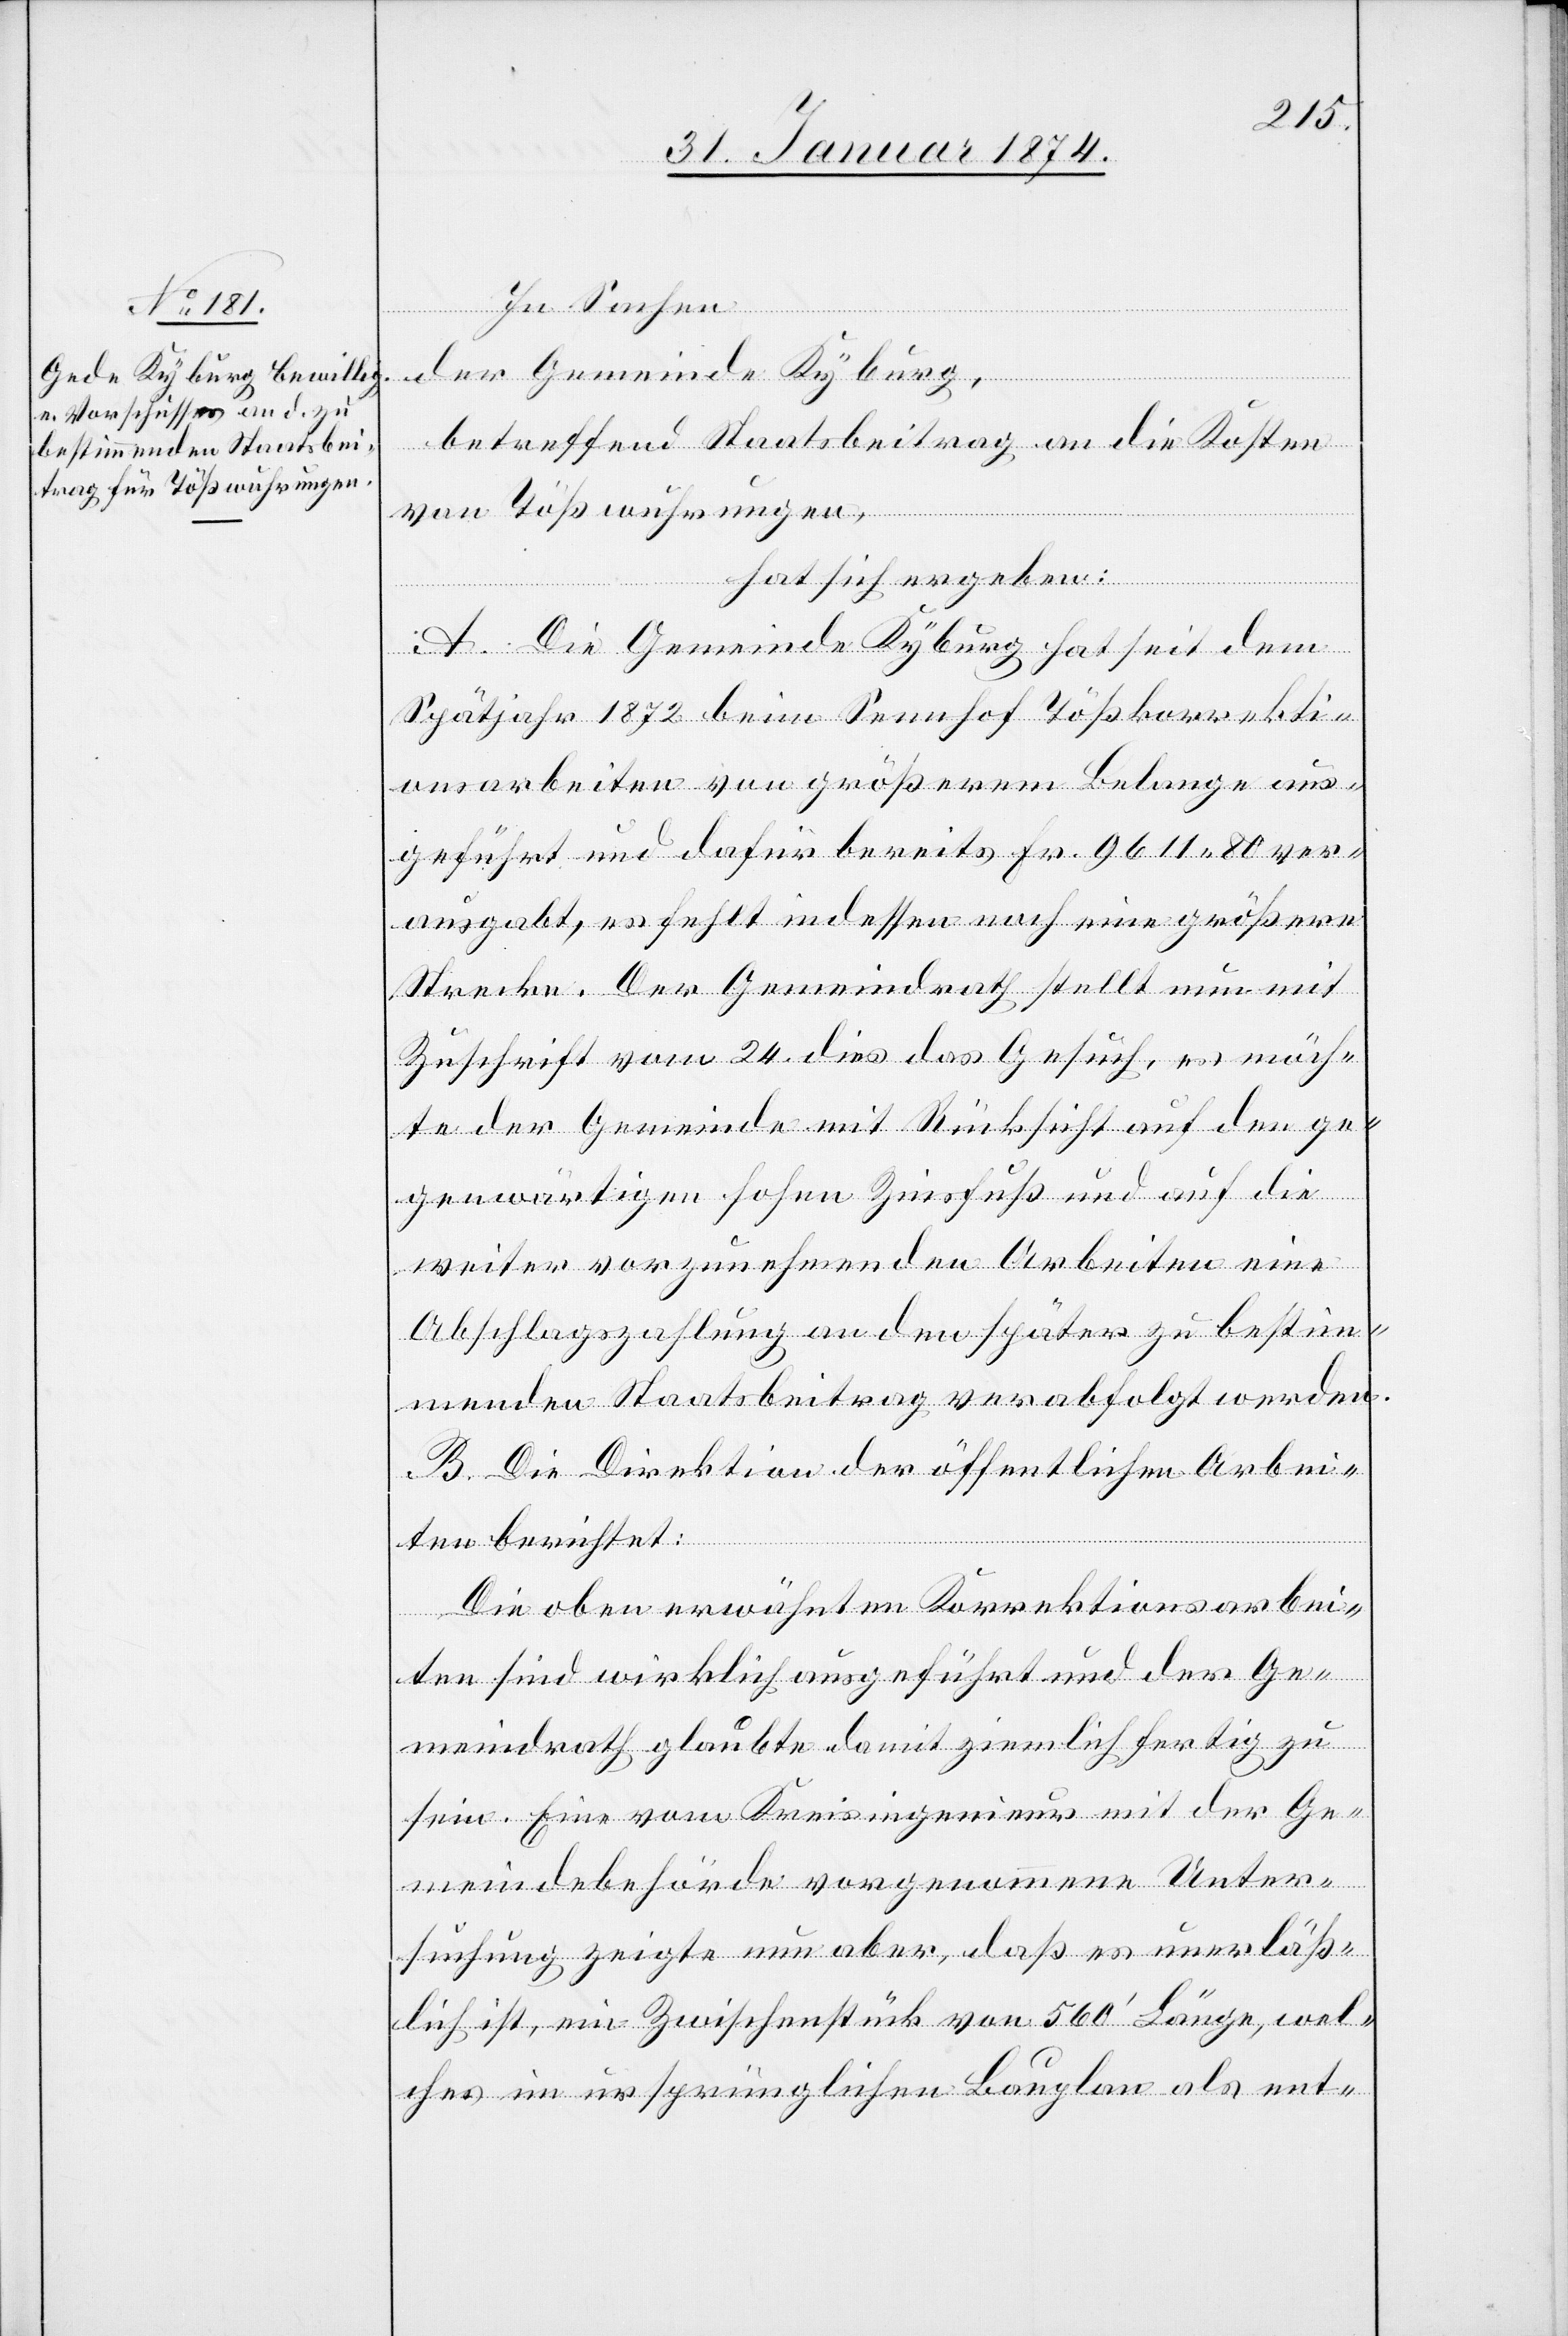
In Sachen
der Gemeinde Kyburg,
betreffend Staatsbeitrag an die Kosten
von Tößwuhrungen
hat sich ergeben:
A. Die Gemeinde Kyburg hat seit dem
Spätjahr 1872 beim Seenhof Tößkorrekti¬
onsarbeiten von größerem Belange aus¬
geführt und dafür bereits Fr. 9611.80 ver¬
ausgabt, es fehlt indessen noch eine größere
Strecke. Der Gemeindrath stellt nun mit
Zuschrift vom 24. dies das Gesuch, es möch¬
te der Gemeinde mit Rücksicht auf den ge¬
genwärtigen hohen Zinsfuß und auf die
weiter vorzunehmenden Arbeiten eine
Abschlagszahlung an den später zu bestim¬
menden Staatsbeitrag verabfolgt werden.
B. Die Direktion der öffentlichen Arbei¬
ten berichtet:
Die oben erwähnten Korrektionsarbei¬
ten sind wirklich ausgeführt und der Ge¬
meindrath glaubte damit ziemlich fertig zu
sein. Eine vom Kreisingenieur mit der Ge¬
meindebehörde vorgenommene Unter¬
suchung zeigte nun aber, daß es unerläß¬
lich ist, ein Zwischenstück von 560‘ Länge, wel¬
ches im ursprünglichen Bauplan als ent-